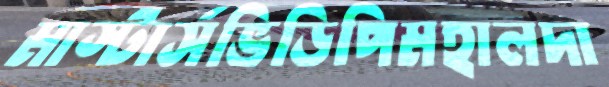
মাস্টার্সভিডিপিমহালদা